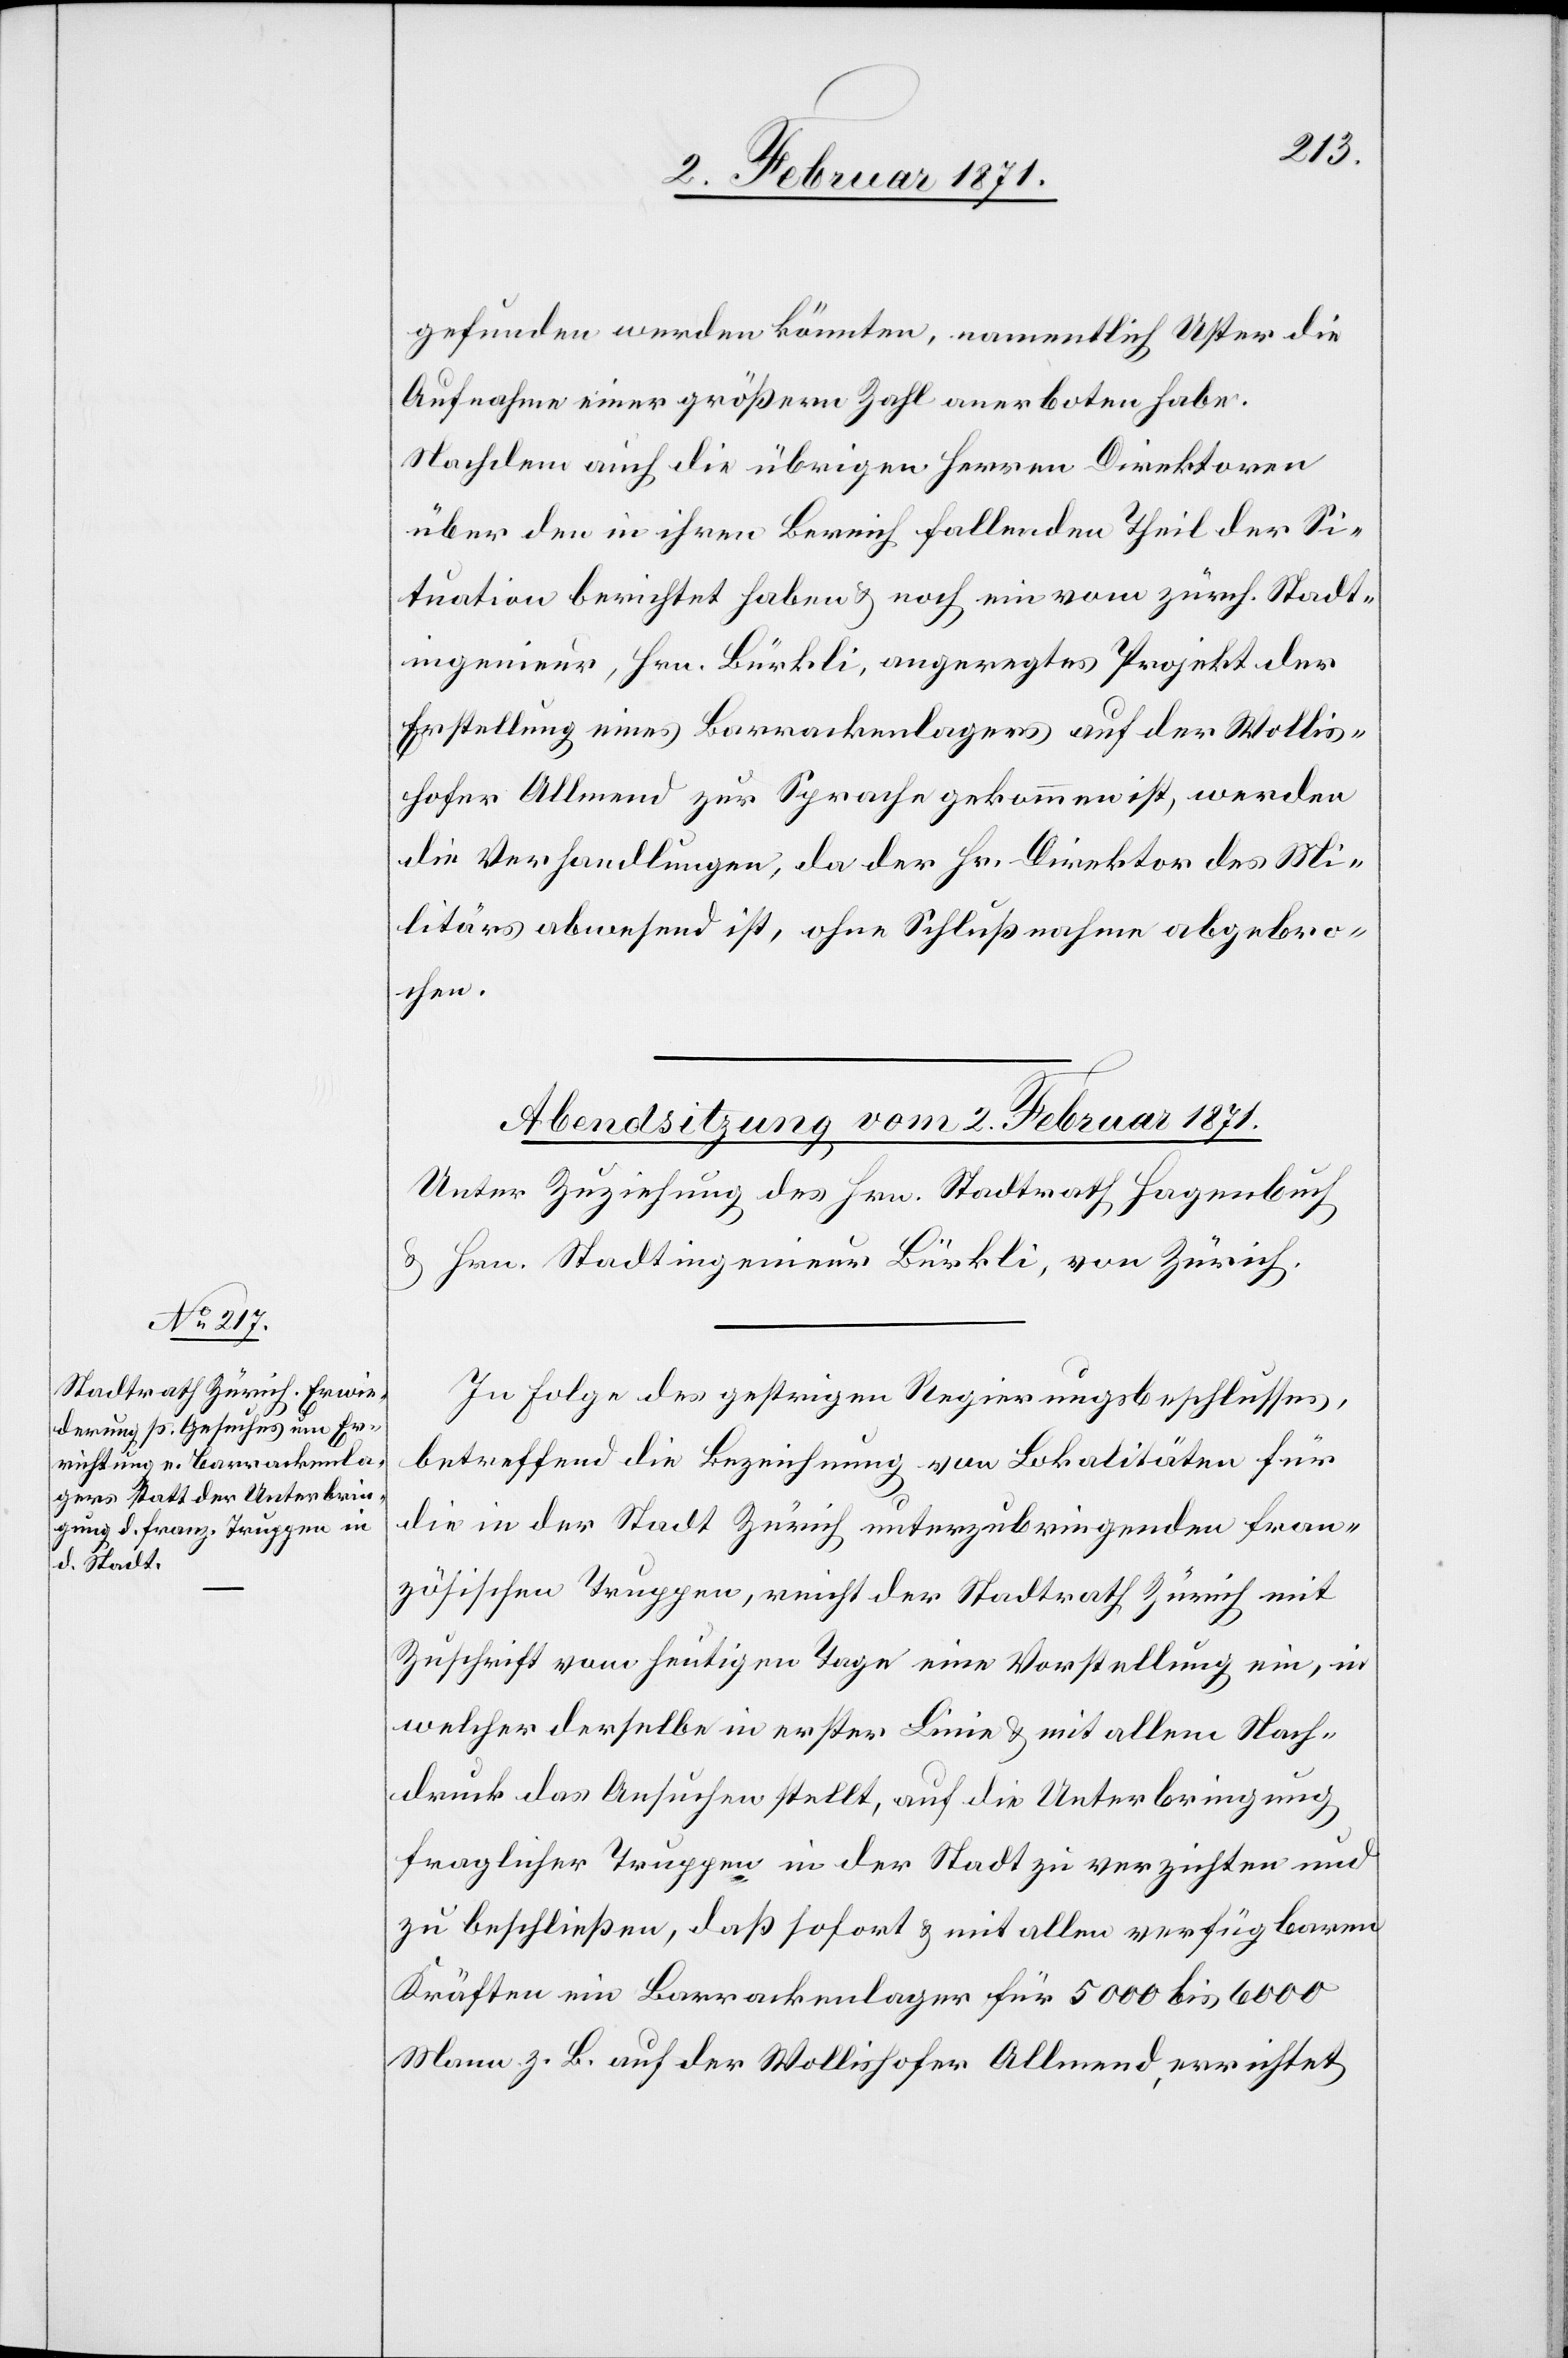
gefunden werden könnten, namentlich Uster die
Aufnahme einer größern Zahl anerboten habe.
Nachdem auch die übrigen Herren Direktoren
über den in ihren Bereich fallenden Theil der Si¬
tuation berichtet haben u. noch ein vom zürch. Stadt¬
ingenieur, Hrn. Bürkli, angeregtes Projekt der
Erstellung eines Barrackenlagers auf der Wollis¬
hofer Allmend zur Sprache gekommen ist, werden
die Verhandlungen, da der Hr. Direktor des Mi¬
litärs abwesend ist, ohne Schlußnahme abgebro¬
chen.
In Folge des gestrigen Regierungsbeschlusses,
betreffend die Bezeichnung von Lokalitäten für
die in der Stadt Zürich unterzubringenden fran¬
zösischen Truppen, reicht der Stadtrath Zürich mit
Zuschrift vom heutigen Tage eine Vorstellung ein, in
welcher derselbe in erster Linie u. mit allem Nach¬
druck das Ansuchen stellt, auf die Unterbringung
fraglicher Truppen in der Stadt zu verzichten und
zu beschließen, daß sofort u. mit allen verfügbaren
Kräften ein Barrackenlager für 5000 bis 6000
Mann z. B. auf der Wollishofer Allmend errichtet